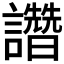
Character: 𧮂